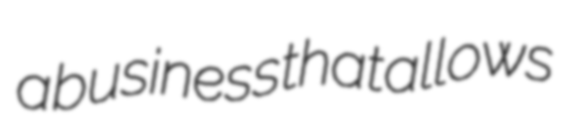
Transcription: a business that allows